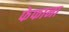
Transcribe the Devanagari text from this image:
फेफाना